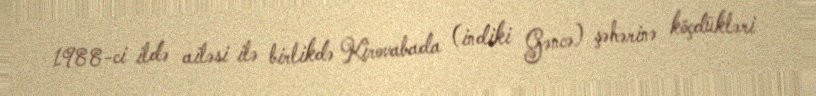
1988-ci ildə ailəsi ilə birlikdə Kirovabada (indiki Gəncə) şəhərinə köçdükləri